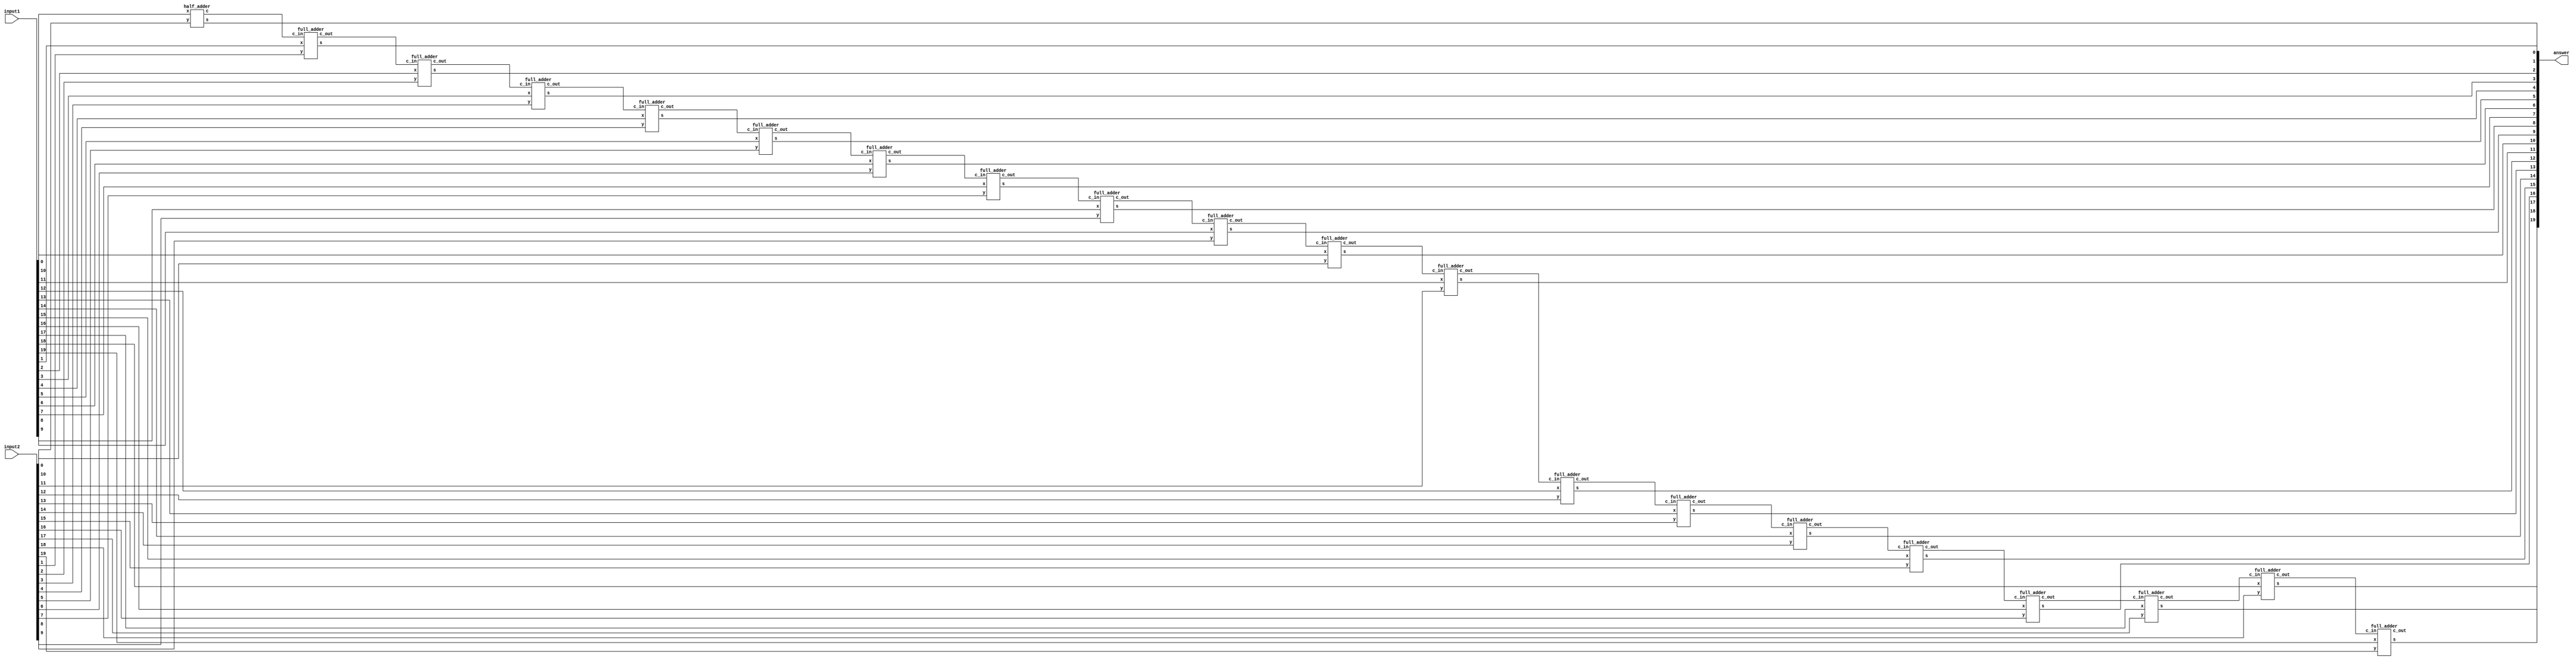
`timescale 1ns / 1ps

module N_bit_adder(input1,input2,answer);
parameter N =20;
input [N-1:0] input1,input2 ;
   output [N-1:0] answer ;
  
   wire  carry_out;
  wire [N-1:0] carry;
   genvar i;
   generate 
   for(i=0;i<N;i=i+1)
     begin: generate_N_bit_Adder
   if(i==0) 
  half_adder f(input1[0],input2[0],answer[0],carry[0]);
   else
  full_adder f(input1[i],input2[i],carry[i-1],answer[i],carry[i]);
     end
  assign carry_out = carry[N-1];
   endgenerate
endmodule 


module half_adder(x,y,s,c);
   input x,y;
   output s,c;
   assign s=x^y;
   assign c=x&y;
endmodule // half adder

module full_adder(x,y,c_in,s,c_out);
   input x,y,c_in;
   output s,c_out;
 assign s = (x^y) ^ c_in;
 assign c_out = (y&c_in)| (x&y) | (x&c_in);
endmodule